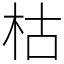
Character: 枯